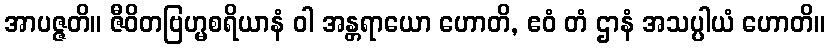
အာပဇ္ဇတိ။ ဇီဝိတဗြဟ္မစရိယာနံ ဝါ အန္တရာယော ဟောတိ, ဧဝံ တံ ဌာနံ အသပ္ပါယံ ဟောတိ။